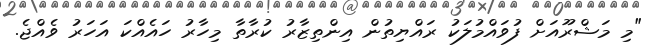
"މި މަޝްރޫއަށް ފުވައްމުލަކު ރައްޔިތުން އިންތިޒާރު ކުރާތާ މިހާރު ހައެއްކަ އަހަރު ވެއްޖެ.